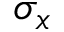
\sigma _ { x }